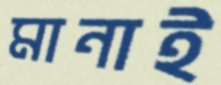
মানাই